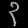
Digit: ၃